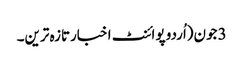
3 جون(اُردو پوائنٹ اخبارتازہ ترین۔